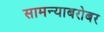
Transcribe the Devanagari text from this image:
सामन्याबरोबर